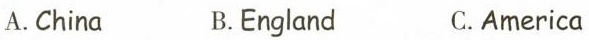
A.China B.England C. America